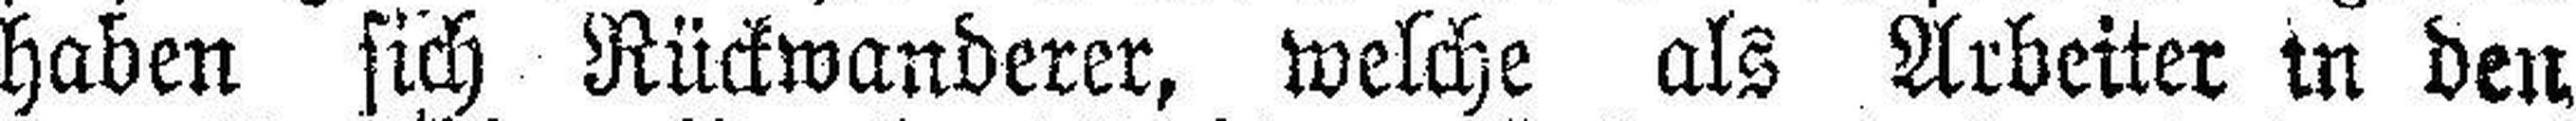
haben sich Rückwanderer, welche als Arbeiter in den